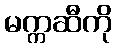
မက္ကဆီကို